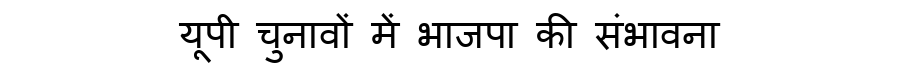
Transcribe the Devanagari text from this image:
यूपी चुनावों में भाजपा की संभावना